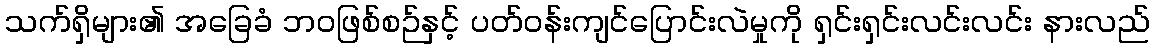
သက်ရှိများ၏ အခြေခံ ဘဝဖြစ်စဉ်နှင့် ပတ်ဝန်းကျင်ပြောင်းလဲမှုကို ရှင်းရှင်းလင်းလင်း နားလည်